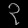
Digit: ၃